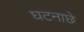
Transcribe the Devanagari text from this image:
घटनाछे